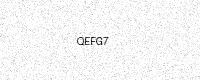
Text: QEFG7